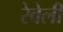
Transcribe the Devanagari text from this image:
रेवेली